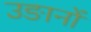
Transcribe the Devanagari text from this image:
उङानों